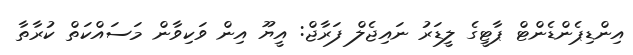
އިންޑިޕެންޑެންޓް ޕާޓީގެ ލީޑަރު ނައިޖެލް ފަރާޖް: އީޔޫ އިން ވަކިވާން މަސައްކަތް ކުރާތާ